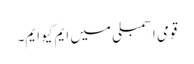
قومی اسمبلی میں ایم کیو ایم۔